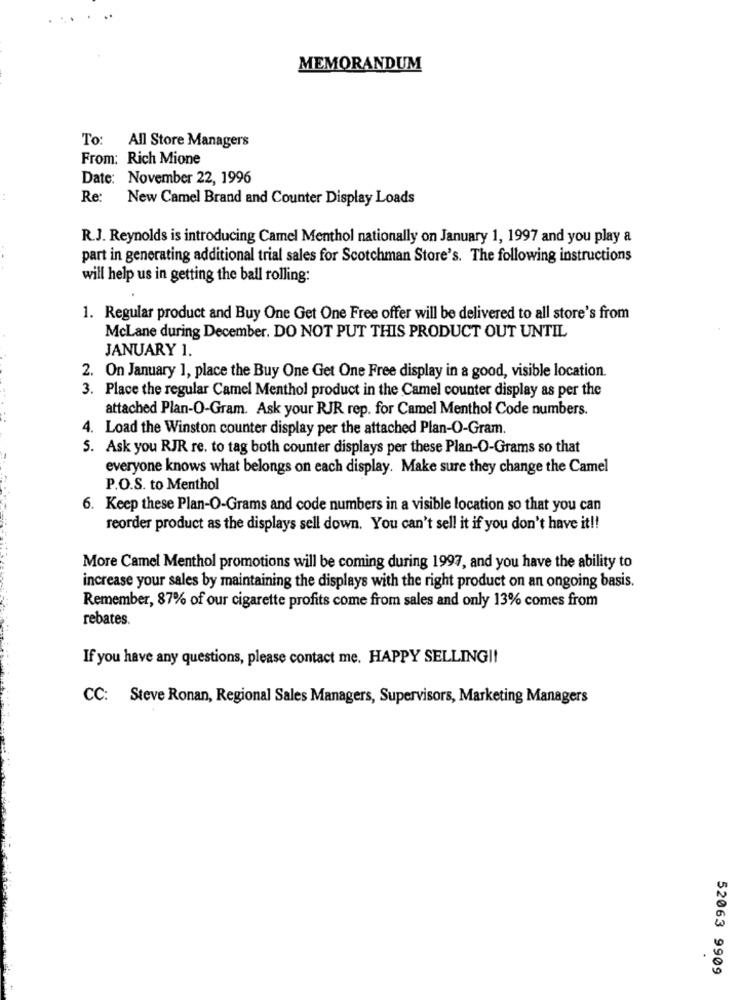
MEMORANDUM
To:
All Store Managers
From: Rich Mione
Date: November 22, 1996
Re:
New Camel Brand and Counter Display Loads
R.J. Reynolds is introducing Camel Menthol nationally on January 1, 1997 and you play a
part in generating additional trial sales for Scotchman Store's. The following instructions
will help us in getting the ball rolling:
1. Regular product and Buy One Get One Free offer will be delivered to all store's from
McLane during December. DO NOT PUT THIS PRODUCT OUT UNTIL
JANUARY 1.
2. On January 1, place the Buy One Get One Free display in a good, visible location.
3. Place the regular Camel Menthol product in the Camel counter display as per the
attached Plan-O-Gram. Ask your RJR rep. for Camel Menthol Code numbers.
4. Load the Winston counter display per the attached Plan-O-Gram.
5. Ask you RJR re. to tag both counter displays per these Plan-O-Grams so that
everyone knows what belongs on each display. Make sure they change the Camel
P.O.S. to Menthol
6. Keep these Plan-O-Grams and code numbers in a visible location so that you can
reorder product as the displays sell down. You can't sell it if you don't have it !!
More Camel Menthol promotions will be coming during 1997, and you have the ability to
increase your sales by maintaining the displays with the right product on an ongoing basis.
Remember, 87% of our cigarette profits come from sales and only 13% comes from
rebates.
If you have any questions, please contact me. HAPPY SELLING !!
CC: Steve Ronan, Regional Sales Managers, Supervisors, Marketing Managers
52063 9909